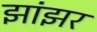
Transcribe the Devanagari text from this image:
झांझर